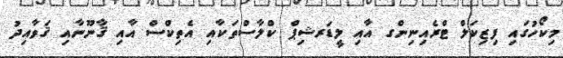
މިކޯހުގައި ފިޒިކަލް ޓްރެއިނިންގ އާއި ލީޑަރޝިޕް ކްލާސްތަކާއި އެތިކްސް އާއި ޤާނޫނާއި ޤަވާއިދު